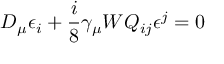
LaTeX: D _ { \mu } \epsilon _ { i } + \frac { i } { 8 } \gamma _ { \mu } W Q _ { i j } \epsilon ^ { j } = 0